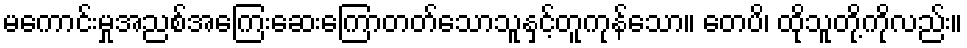
မကောင်းမှုအညစ်အကြေးဆေးကြောတတ်သောသူနှင့်တူကုန်သော။ တေပိ၊ ထိုသူတို့ကိုလည်း။